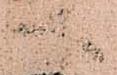
へ